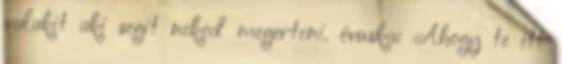
valakit aki segit neked megerteni. évuska: Ahogy te itt